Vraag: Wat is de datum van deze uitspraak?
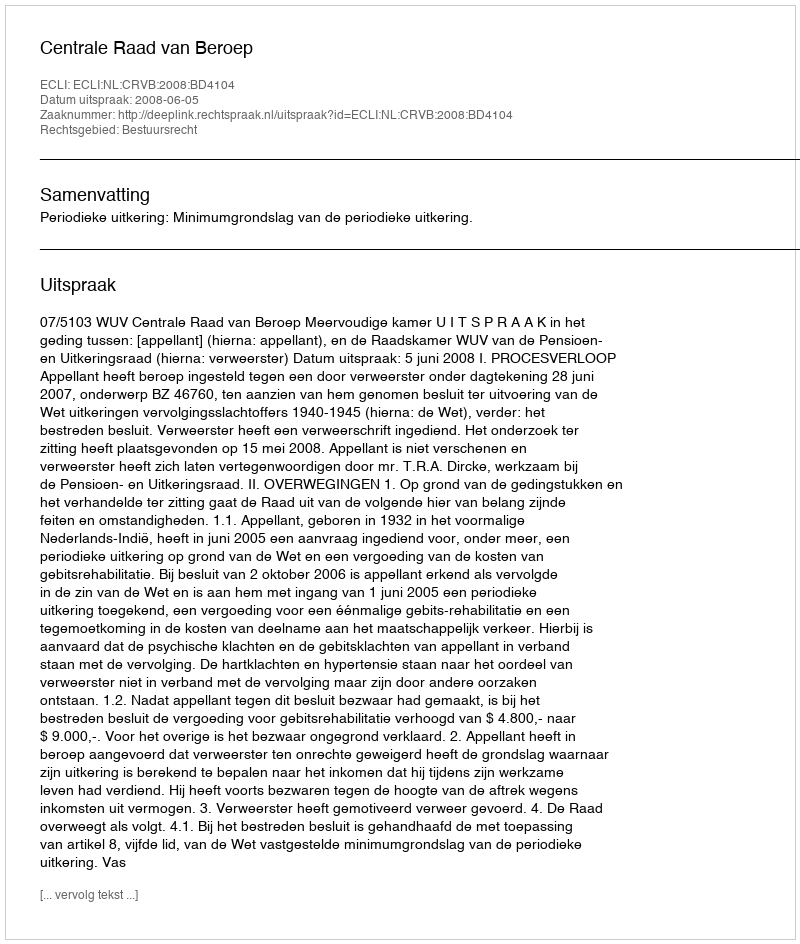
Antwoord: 2008-06-05